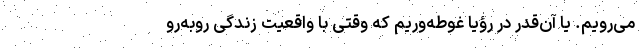
می‌رویم. یا آن‌قدر در رؤیا غوطه‌وریم که وقتی با واقعیت زندگی روبه‌رو